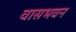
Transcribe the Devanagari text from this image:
वासभवन